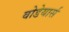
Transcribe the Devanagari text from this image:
वोडेयार्स